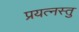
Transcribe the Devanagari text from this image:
प्रयत्नस्तु